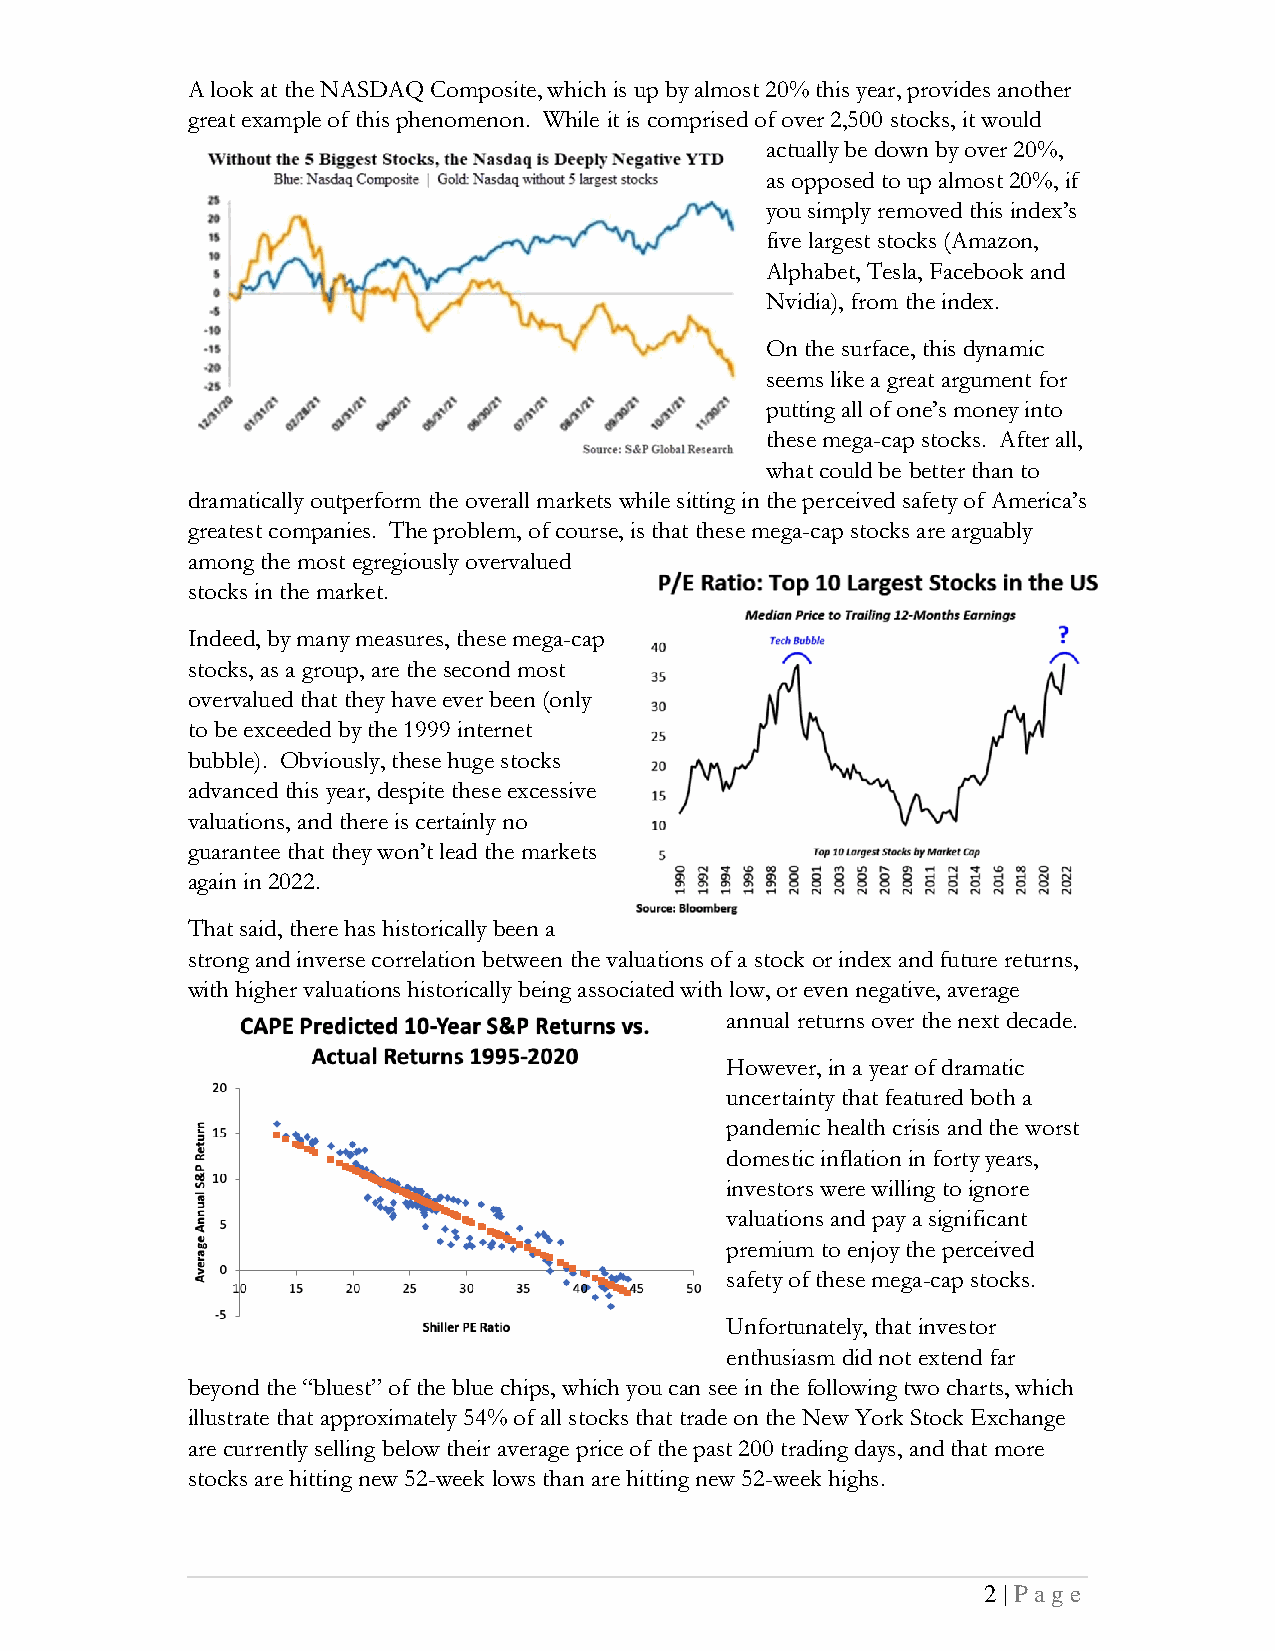
A look at the NASDAQ Composite, which is up by almost 20% this year, provides another
 great example of this phenomenon. While it is comprised of over 2,500 stocks, it would
 actually be down by over 20%,
 as opposed to up almost 20%, if
 you simply removed this index’s
 five largest stocks (Amazon,
 Alphabet, Tesla, Facebook and
 Nvidia), from the index.
 On the surface, this dynamic
 seems like a great argument for
 putting all of one’s money into
 these mega-cap stocks. After all,
 what could be better than to
 dramatically outperform the overall markets while sitting in the perceived safety of America’s
 greatest companies. The problem, of course, is that these mega-cap stocks are arguably
 among the most egregiously overvalued
 stocks in the market.
 Indeed, by many measures, these mega-cap
 stocks, as a group, are the second most
 overvalued that they have ever been (only
 to be exceeded by the 1999 internet
 bubble). Obviously, these huge stocks
 advanced this year, despite these excessive
 valuations, and there is certainly no
 guarantee that they won’t lead the markets
 again in 2022.
 That said, there has historically been a
 strong and inverse correlation between the valuations of a stock or index and future returns,
 with higher valuations historically being associated with low, or even negative, average
 annual returns over the next decade.
 However, in a year of dramatic
 uncertainty that featured both a
 pandemic health crisis and the worst
 domestic inflation in forty years,
 investors were willing to ignore
 valuations and pay a significant
 premium to enjoy the perceived
 safety of these mega-cap stocks.
 Unfortunately, that investor
 enthusiasm did not extend far
 beyond the “bluest” of the blue chips, which you can see in the following two charts, which
 illustrate that approximately 54% of all stocks that trade on the New York Stock Exchange
 are currently selling below their average price of the past 200 trading days, and that more
 stocks are hitting new 52-week lows than are hitting new 52-week highs.
 2 | P age